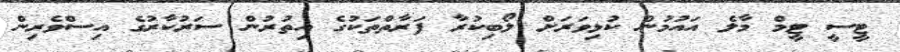
ޓީސީ ޓީމް މާލެ އައުމުން ކުޅިވަރަށް ލޯބިކުރާ ފަރާތްތަކުގެ އިތުރުން ސަރުކާރުގެ އިސްވެރިން